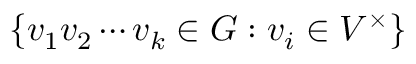
\{ v _ { 1 } v _ { 2 } \cdots v _ { k } \in G : v _ { i } \in V ^ { \times } \}